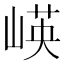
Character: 𱛻